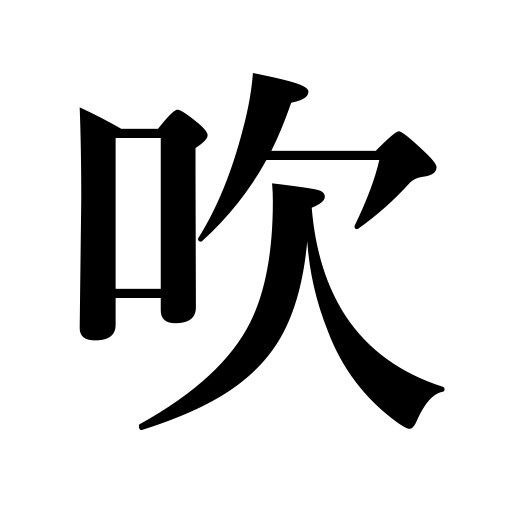
Meanings: breathe,emit,mint,smelt,brag,play a wind instrument,blow